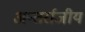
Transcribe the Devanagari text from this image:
अन्तर्राजीय